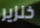
خنزير